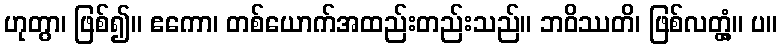
ဟုတွာ၊ ဖြစ်၍။ ဧကော၊ တစ်ယောက်အထည်းတည်းသည်။ ဘဝိဿတိ၊ ဖြစ်လတ္တံ့။ ပ။